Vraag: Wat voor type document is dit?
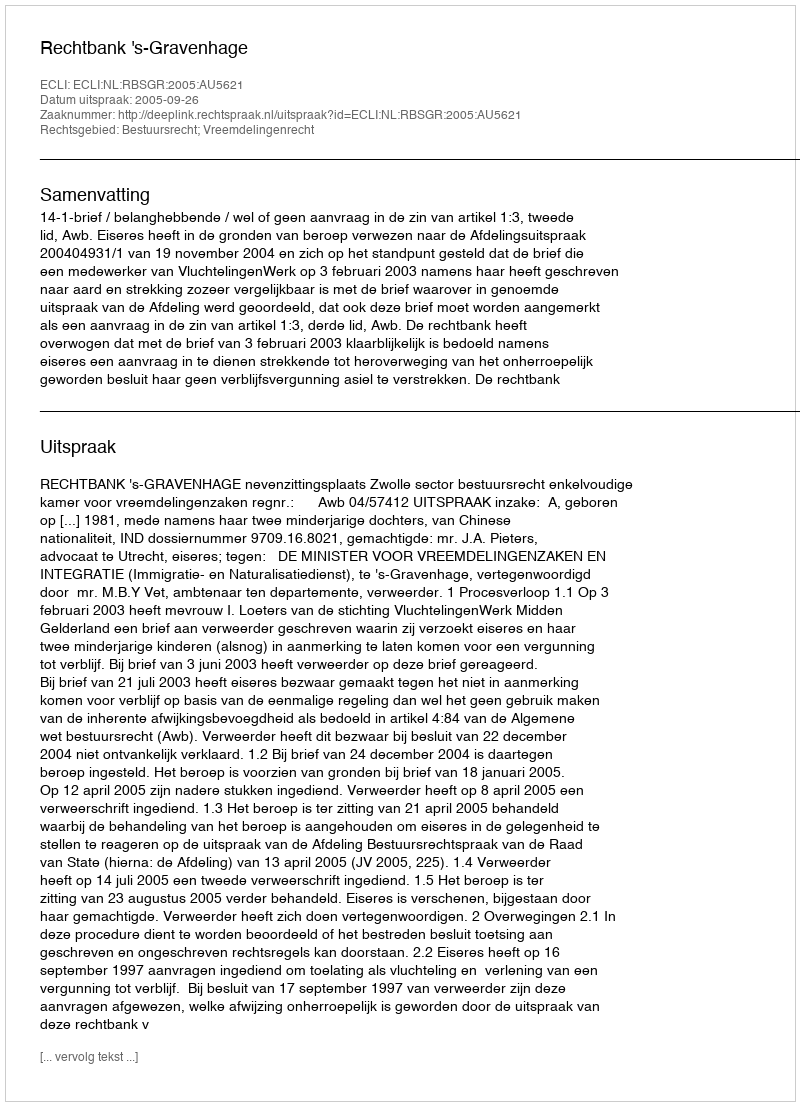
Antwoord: Uitspraak